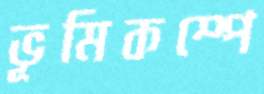
ভূমিকম্পে